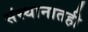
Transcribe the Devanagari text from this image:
संस्थानातही